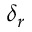
\delta _ { r }